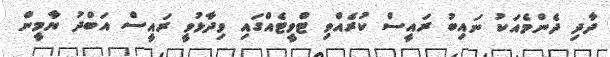
ދާދި ދެންމެއަކު ނައިބު ރައީސް ކުރެއްވި ޓްވީޓެއްގައި ވިދާޅުވީ ރައީސް އަބްދު ޔާމީން